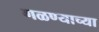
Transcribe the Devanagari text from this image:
गळण्याच्या